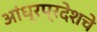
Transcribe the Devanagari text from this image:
आंध्रप्रदेशचे